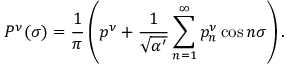
P ^ { \nu } ( \sigma ) = \frac { 1 } { \pi } \left( p ^ { \nu } + \frac { 1 } { \sqrt { \alpha ^ { \prime } } } \sum _ { n = 1 } ^ { \infty } p _ { n } ^ { \nu } \cos n \sigma \right) .